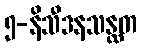
၅-နိသီဒနသန္ထတ